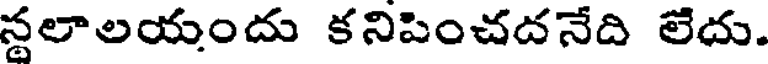
స్థలాలయందు కనిపించదనేది లేదు.